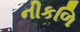
નીકળિ